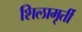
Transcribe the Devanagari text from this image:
शिलामृर्ती